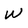
Character: W